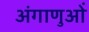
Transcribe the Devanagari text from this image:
अंगाणुओं